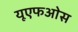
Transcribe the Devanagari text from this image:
यूएफओस